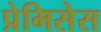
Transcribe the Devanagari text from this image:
प्रेमिसेस